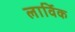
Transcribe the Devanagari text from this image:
लार्विक